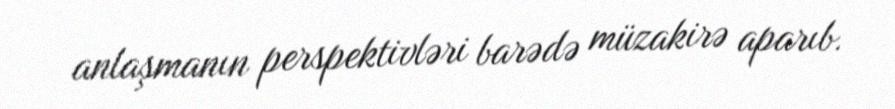
anlaşmanın perspektivləri barədə müzakirə aparıb.